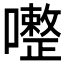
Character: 𱕠